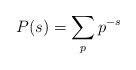
\begin{align*} P(s)=\sum_p p^{-s}\end{align*}